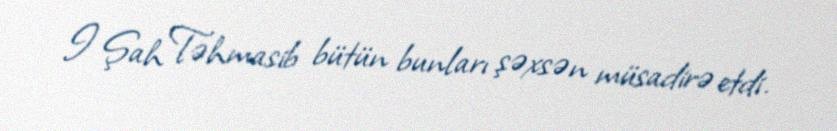
I Şah Təhmasib bütün bunları şəxsən müsadirə etdi.